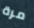
مرة